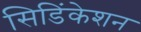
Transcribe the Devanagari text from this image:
सिडिंकेशन